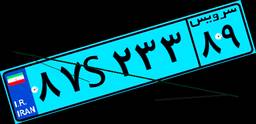
۸۷S۲۳۳۸۹